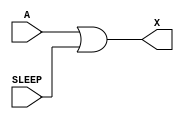
/*
 * Copyright 2020 The SkyWater PDK Authors
 *
 * Licensed under the Apache License, Version 2.0 (the "License");
 * you may not use this file except in compliance with the License.
 * You may obtain a copy of the License at
 *
 *     https://www.apache.org/licenses/LICENSE-2.0
 *
 * Unless required by applicable law or agreed to in writing, software
 * distributed under the License is distributed on an "AS IS" BASIS,
 * WITHOUT WARRANTIES OR CONDITIONS OF ANY KIND, either express or implied.
 * See the License for the specific language governing permissions and
 * limitations under the License.
 *
 * SPDX-License-Identifier: Apache-2.0
*/


`ifndef SKY130_FD_SC_HDLL__INPUTISO1P_BEHAVIORAL_V
`define SKY130_FD_SC_HDLL__INPUTISO1P_BEHAVIORAL_V

/**
 * inputiso1p: Input isolation, noninverted sleep.
 *
 *             X = (A & !SLEEP)
 *
 * Verilog simulation functional model.
 */

`timescale 1ns / 1ps
`default_nettype none

`celldefine
module sky130_fd_sc_hdll__inputiso1p (
    X    ,
    A    ,
    SLEEP
);

    // Module ports
    output X    ;
    input  A    ;
    input  SLEEP;

    // Module supplies
    supply1 VPWR;
    supply0 VGND;
    supply1 VPB ;
    supply0 VNB ;

    //  Name  Output  Other arguments
    or  or0  (X     , A, SLEEP       );

endmodule
`endcelldefine

`default_nettype wire
`endif  // SKY130_FD_SC_HDLL__INPUTISO1P_BEHAVIORAL_V